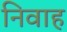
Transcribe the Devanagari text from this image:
निवाह